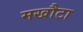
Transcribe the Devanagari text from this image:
मखौटा